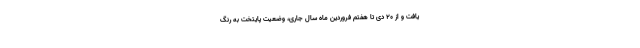
یافت و از ۲۰ دی تا هفتم فروردین ماه سال جاری، وضعیت پایتخت به رنگ